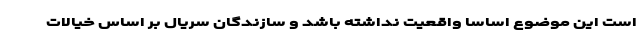
است این موضوع اساسا واقعیت نداشته باشد و سازندگان سریال بر اساس خیالات